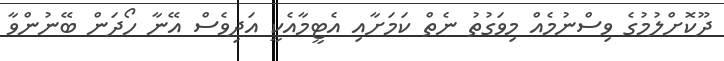
ދޫކޮށްލުމުގެ ވިސްނުމެއް މިވަގުތު ނެތް ކަމަށާއި އެޓީމާއެކީ އަދިވެސް އޭނާ ހޯދަން ބޭނުންވާ